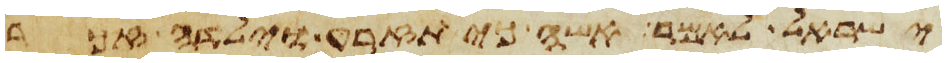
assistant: ישראל לאמר אשה כי תזרע וילדה זכר